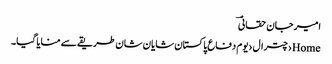
امیرجان حقانیؔ
Home›چترال›یوم دفاع پاکستان شایان شان طریقے سے منایا گیا۔